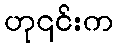
ဟု၎င်းက